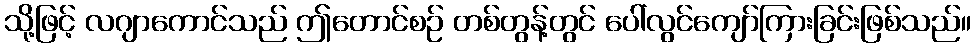
သို့ဖြင့် လဂျာကောင်သည် ဤတောင်စဉ် တစ်တွန့်တွင် ပေါ်လွင်ကျော်ကြားခြင်းဖြစ်သည်။